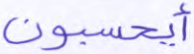
أيحسبون